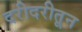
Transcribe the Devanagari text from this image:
दरीदरीतून